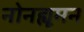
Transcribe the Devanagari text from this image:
नोनह्यूमन